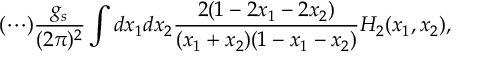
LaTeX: ( \cdots ) \frac { g _ { s } } { ( 2 \pi ) ^ { 2 } } \int d x _ { 1 } d x _ { 2 } \frac { 2 ( 1 - 2 x _ { 1 } - 2 x _ { 2 } ) } { ( x _ { 1 } + x _ { 2 } ) ( 1 - x _ { 1 } - x _ { 2 } ) } H _ { 2 } ( x _ { 1 } , x _ { 2 } ) ,